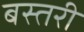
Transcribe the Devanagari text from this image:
बस्तरी